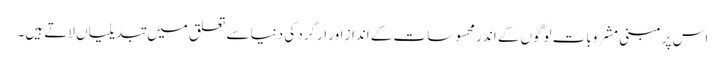
اس پر مبنی مشروبات لوگوں کے اندر محسوسات کے انداز اور ارگرد کی دنیا سے تعلق میں تبدیلیاں لاتے ہیں۔